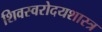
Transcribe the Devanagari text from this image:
शिवस्वरोदयशास्त्र